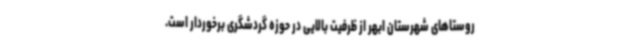
روستاهای شهرستان ابهر از ظرفیت بالایی در حوزه گردشگری برخوردار است.